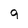
Character: 9